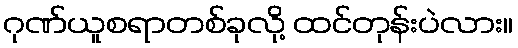
ဂုဏ်ယူစရာတစ်ခုလို့ ထင်တုန်းပဲလား။